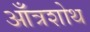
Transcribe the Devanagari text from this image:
आँत्रशोथ